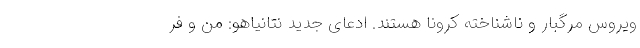
ویروس مرگبار و ناشناخته کرونا هستند. ادعای جدید نتانیاهو: من و فر